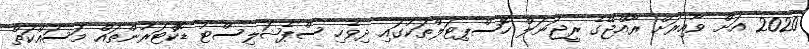
2020 އަށް ވާއިރަށް ރާއްޖޭގެ ރީޖަނަލް ހޮސްޕިޓަލްތަކުގައި ދިވެހި ސްޕެޝަލިސްޓު ޑޮކްޓަރުންތައް މަސައްކަތް